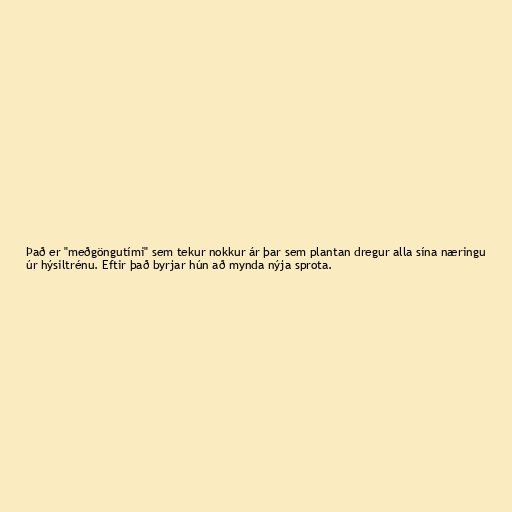
Það er "meðgöngutími" sem tekur nokkur ár þar sem plantan dregur alla sína næringu
úr hýsiltrénu. Eftir það byrjar hún að mynda nýja sprota.